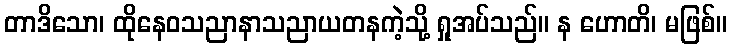
တာဒိသော၊ ထိုနေဝသညာနာသညာယတနကဲ့သို့ ရှုအပ်သည်။ န ဟောတိ၊ မဖြစ်။